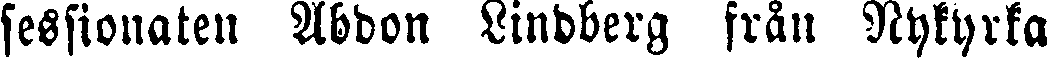
sessionaten Abdon Lindberg från Nykyrka